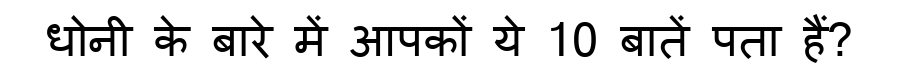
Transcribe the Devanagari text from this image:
धोनी के बारे में आपकों ये 10 बातें पता हैं?